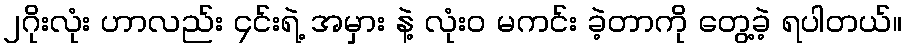
၂ဂိုးလုံး ဟာလည်း ၄င်းရဲ့ အမှား နဲ့ လုံးဝ မကင်း ခဲ့တာကို တွေ့ခဲ့ ရပါတယ်။